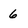
Character: 6